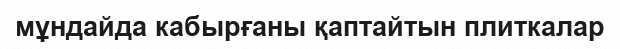
мұндайда кабырғаны қаптайтын плиткалар